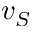
v _ { S }